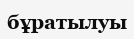
бұратылуы